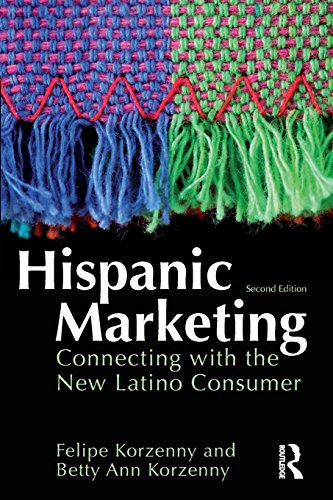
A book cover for Hispanic Marketing: Connecting with the New Latino Consumer; Felipe Korzenny; Business & Money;